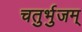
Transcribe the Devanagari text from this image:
चतुर्भुजम्